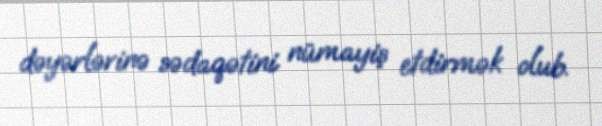
dəyərlərinə sədaqətini nümayiş etdirmək olub.